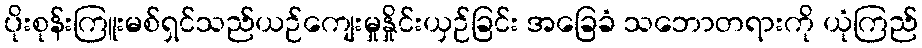
ပိုးစုန်းကြူးမစ်ရှင်သည်ယဉ်ကျေးမှုနှိုင်းယှဉ်ခြင်း အခြေခံ သဘောတရားကို ယုံကြည်